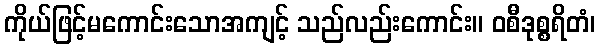
ကိုယ်ဖြင့်မကောင်းသောအကျင့် သည်လည်းကောင်း။ ဝစီဒုစ္စရိတံ၊